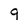
Character: 9